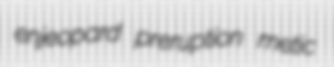
enjeopard preruption metic